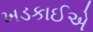
ખડકાઈએ